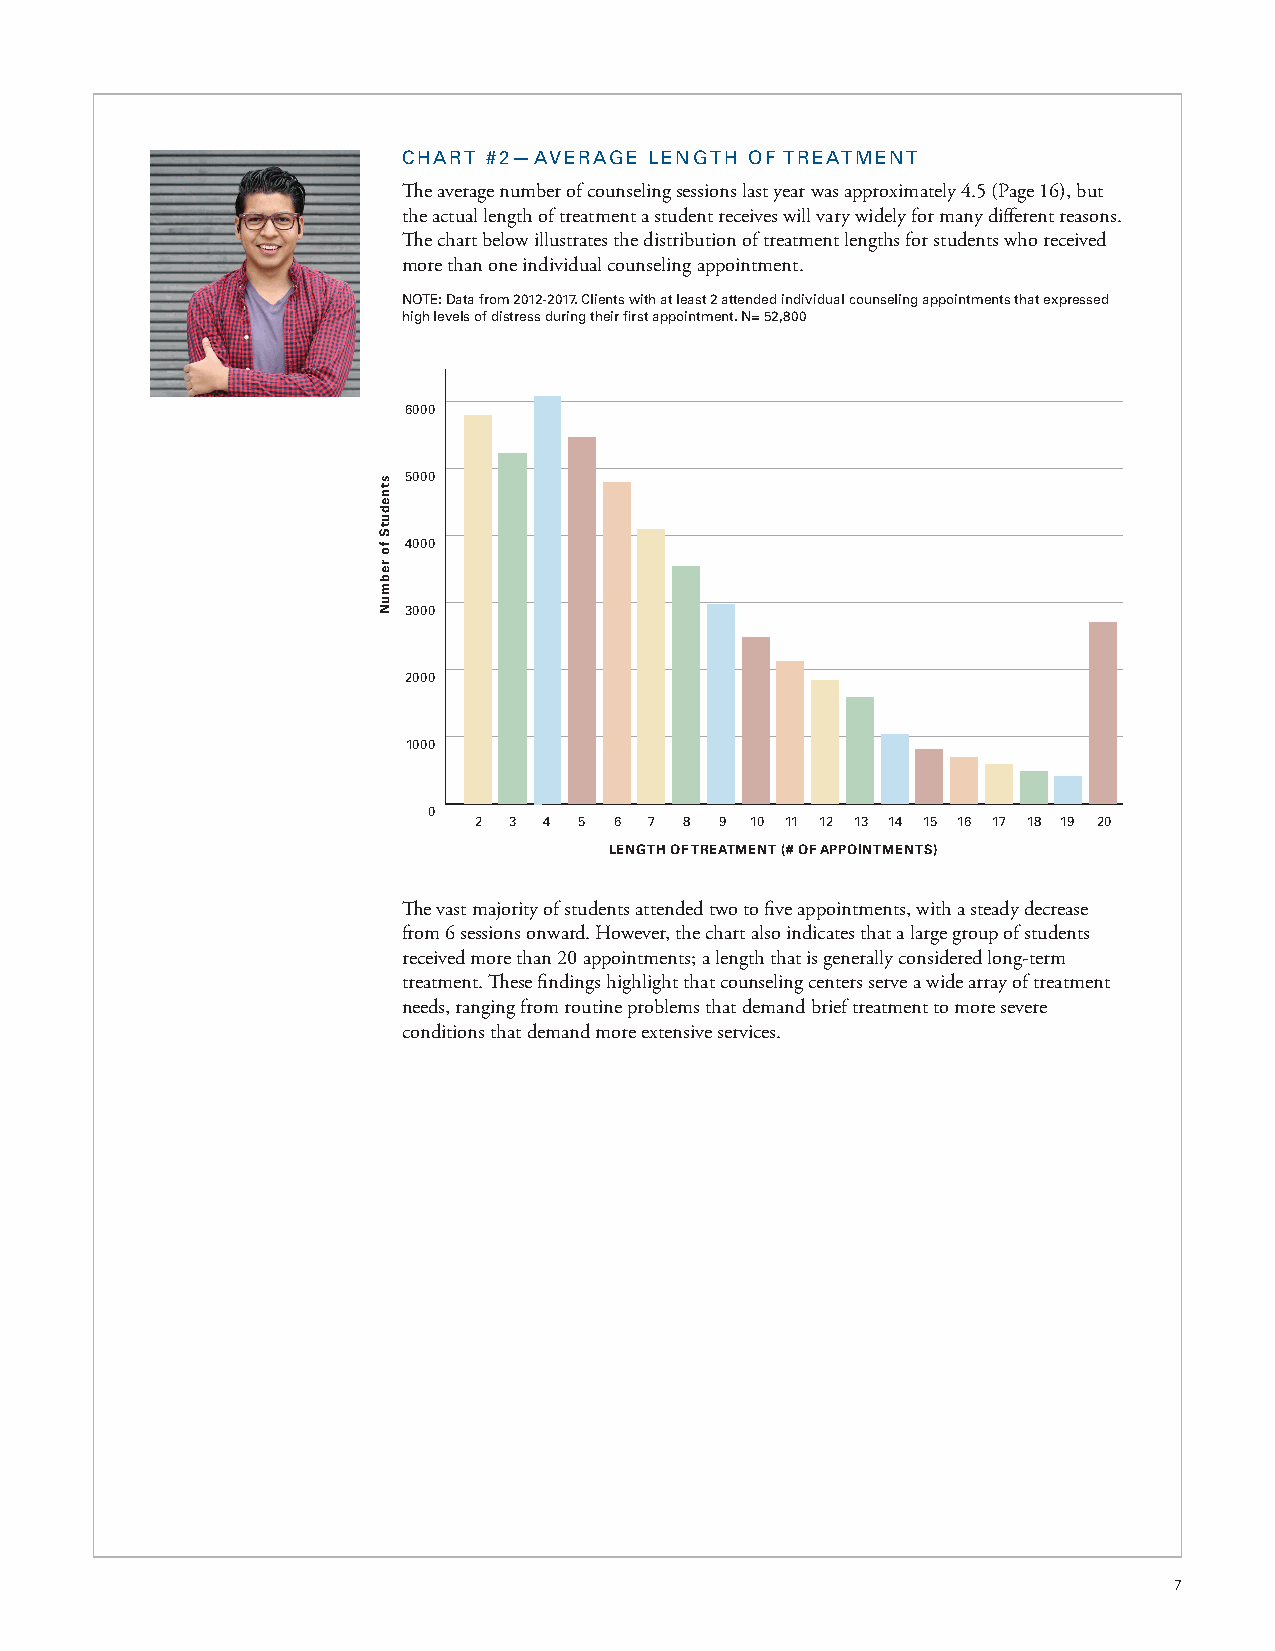
CHART #2—AVERAGE LENGTH OF TREATMENT
 The average number of counseling sessions last year was approximately 4.5 (Page 16), but
 the actual length of treatment a student receives will vary widely for many different reasons.
 The chart below illustrates the distribution of treatment lengths for students who received
 more than one individual counseling appointment.
 8000
 NOTE: Data from 2012-2017. Clients with at least 2 attended individual counseling appointments that expressed
 high levels of distress during their first appointment. N= 52,800
 7000
 6000
 5000
 4000
 3000
 2000
 1000
 0
 2  3 4 5  6 7 8  9 10 11 12 13 14 15 16 17 18 19 20
 LENGTH OF TREATMENT (# OF APPOINTMENTS)
 The vast majority of students attended two to five appointments, with a steady decrease
 from 6 sessions onward. However, the chart also indicates that a large group of students
 received more than 20 appointments; a length that is generally considered long-term
 treatment. These findings highlight that counseling centers serve a wide array of treatment
 needs, ranging from routine problems that demand brief treatment to more severe
 conditions that demand more extensive services.
 7
 stnedutS
 fo
 rebmuN